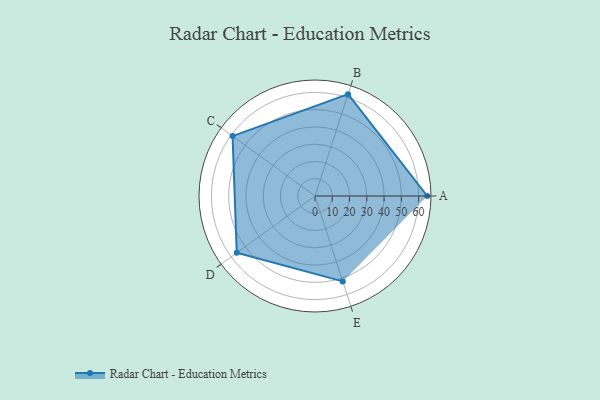
{"axis": {"x": "Skill", "y": "Score"}, "legend": ["Profile"], "data": [{"x": "A", "y": 65.0, "type": "Profile"}, {"x": "B", "y": 62.0, "type": "Profile"}, {"x": "C", "y": 59.0, "type": "Profile"}, {"x": "D", "y": 56.0, "type": "Profile"}, {"x": "E", "y": 52.0, "type": "Profile"}]}